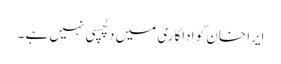
ایرا خان کو اداکاری میں دلچسپی نہیں ہے ۔